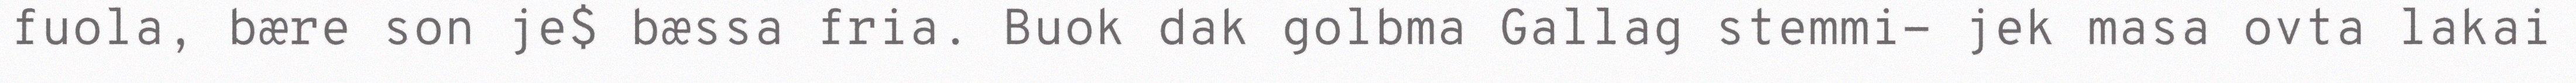
fuola, bære son je$ bæssa fria. Buok dak golbma Gallag stemmi- jek masa ovta lakai